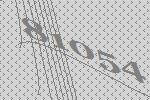
81054